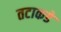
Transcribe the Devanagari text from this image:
तटाकडे